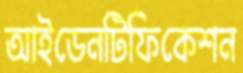
আইডেনটিফিকেশন